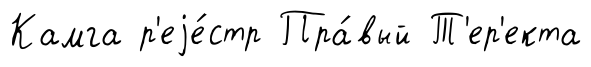
Камга р'еjе́стр Пра́вый Т'ер'екта